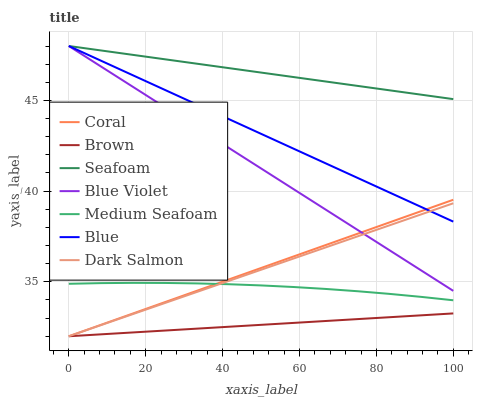
| xaxis_label | Coral | Brown | Seafoam | Blue Violet | Medium Seafoam | Blue | Dark Salmon |
 | --- | --- | --- | --- | --- | --- | --- | --- |
 | 0 | 32 | 32 | 48 | 48 | 34.9 | 48 | 32 |
 | 8.33 | 32.6 | 32.1 | 47.8 | 46.9 | 34.9 | 47.2 | 32.6 |
 | 16.7 | 33.3 | 32.2 | 47.5 | 45.8 | 34.9 | 46.4 | 33.2 |
 | 25 | 33.9 | 32.3 | 47.3 | 44.6 | 34.9 | 45.6 | 33.8 |
 | 33.3 | 34.5 | 32.4 | 47 | 43.5 | 34.9 | 44.8 | 34.4 |
 | 41.7 | 35.1 | 32.5 | 46.8 | 42.4 | 34.9 | 44 | 35.1 |
 | 50 | 35.8 | 32.6 | 46.5 | 41.3 | 34.8 | 43.2 | 35.7 |
 | 58.3 | 36.4 | 32.7 | 46.3 | 40.1 | 34.7 | 42.4 | 36.3 |
 | 66.7 | 37 | 32.8 | 46 | 39 | 34.6 | 41.5 | 36.9 |
 | 75 | 37.6 | 32.9 | 45.8 | 37.9 | 34.5 | 40.7 | 37.5 |
 | 83.3 | 38.3 | 33 | 45.6 | 36.8 | 34.3 | 39.9 | 38.1 |
 | 91.7 | 38.9 | 33.2 | 45.3 | 35.6 | 34.2 | 39.1 | 38.7 |
 | 100 | 39.5 | 33.3 | 45.1 | 34.5 | 34 | 38.3 | 39.3 |